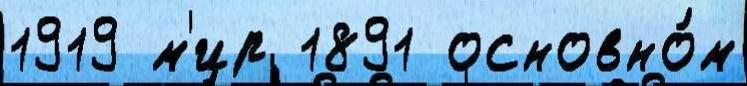
1919 м'ир 1891 основно́м